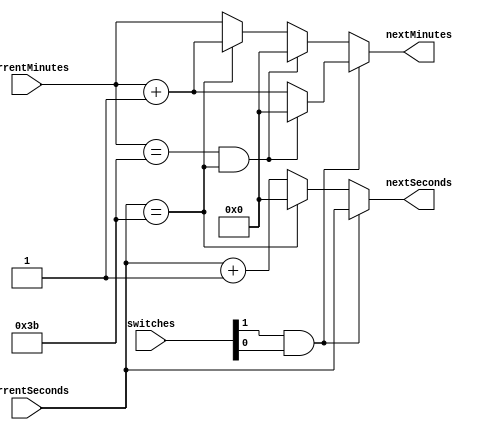
// Counter Module
// input
//      the current time - minutes, and seconds
// output
//      the next time, ticking up normally
//      the next minute, for when select is on minute


module next_number (
    input  [5:0] currentSeconds,
    input  [5:0] currentMinutes,
    input  [1:0] switches,
    output [5:0] nextSeconds,
    output [5:0] nextMinutes
);


  wire select;
  // 00 - Normal
  // 01 - Normal
  // 10 - Minutes tick
  // 01 - Normal

  assign select = switches[1] & switches[0];

  // if select == 0, then we are on seconds
  // if select == 1, then we are on minutes

  wire [5:0] secondsMax;
  wire [5:0] minutesMax;
  assign secondsMax = (currentSeconds == 59);
  assign minutesMax = (currentMinutes == 59);

  wire [5:0] nextSecondsNormal;
  wire [5:0] nextMinutesNormal;

  wire [5:0] nextSecondsAlt;
  wire [5:0] nextMinutesAlt;

  assign nextSecondsNormal = secondsMax ? 0 : currentSeconds + 1;
  assign nextMinutesNormal = (minutesMax & secondsMax) ? 0 : secondsMax ? currentMinutes + 1 : currentMinutes;
  assign nextSecondsAlt = currentSeconds;
  assign nextMinutesAlt = (minutesMax & secondsMax) ? 0 : currentMinutes + 1;

  assign nextSeconds = select ? nextSecondsAlt : nextSecondsNormal;
  assign nextMinutes = select ? nextMinutesAlt : nextMinutesNormal;
  // assign nextSeconds = 5;
  // assign nextMinutes = 5;

endmodule  //next_number